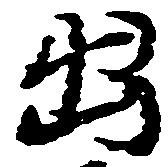
出